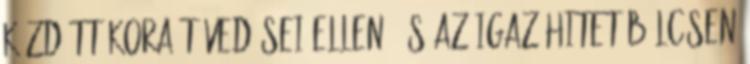
Küzdött kora tévedései ellen, és az igaz hitet bölcsen